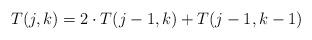
LaTeX: \begin{align*} T(j,k) = 2 \cdot T(j-1,k) + T(j-1,k-1)\end{align*}